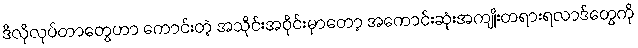
ဒီလိုလုပ်တာတွေဟာ ကောင်းတဲ့ အသိုင်းအဝိုင်းမှာတော့ အကောင်းဆုံးအကျိုးတရားရလာဒ်တွေကို